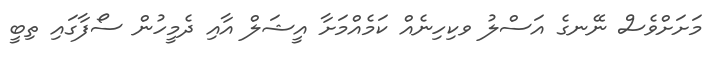
މަށަށްވެސް ނޭނގެ އަސްލު ވކިހިނެއް ކަމެއްމަށާ އީޝަލް އާއި ދެމީހުން ސޯފާގައި ތިބީ